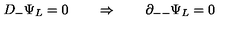
D _ { - } \Psi _ { L } = 0 \qquad \Rightarrow \qquad \partial _ { -- } \Psi _ { L } = 0